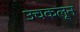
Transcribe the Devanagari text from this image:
उचकलून